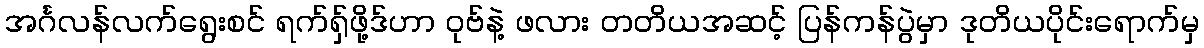
အင်္ဂလန်လက်ရွေးစင် ရက်ရှ်ဖို့ဒ်ဟာ ဝုဗ်နဲ့ ဖလား တတိယအဆင့် ပြန်ကန်ပွဲမှာ ဒုတိယပိုင်းရောက်မှ